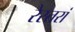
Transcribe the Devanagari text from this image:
रेस्‍तरां